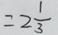
= 2 \frac { 1 } { 3 }